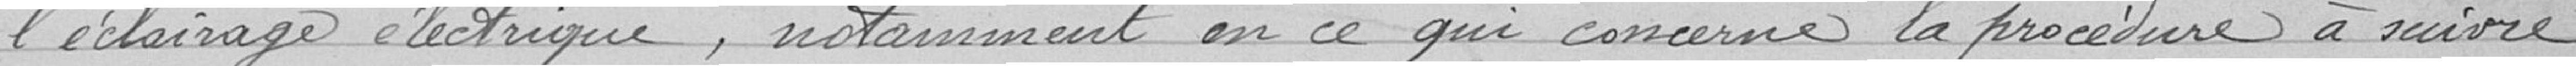
l'éclairage électrique, notamment en ce qui concerne la procédure à suivre